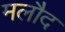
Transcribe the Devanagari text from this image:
मलौद